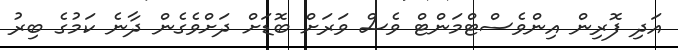
އަދި ފޮރިން އިންވެސްޓްމަންޓް ވެސް ވަރަށް ބޮޑަށް ދަށްވެގެން ދާނެ ކަމުގެ ބިރު